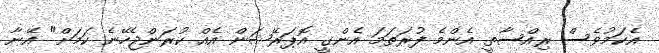
އެކަމުވެސް ރިއްސާތީ އެންމެ ފުރަތަމަ އެންގީ އޮޕަރޭޝަން އެއް ކުރަންޖެހޭނެ ކަމަށް" އޭނާ